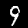
Digit: 9